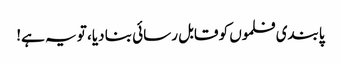
پابندی فلموں کو قابل رسائی بنا دیا، تو یہ ہے!